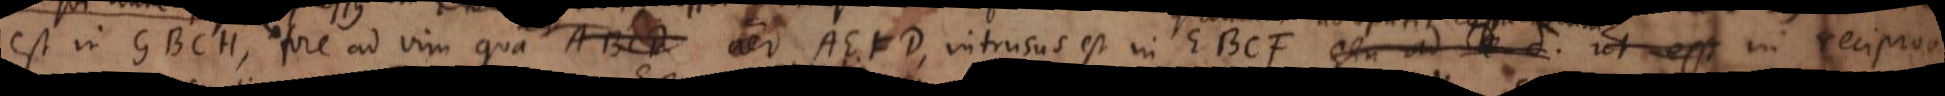
est in GBCH, fore ad vim qua ABCD aer AEFD, intrusus est in EBCF seu ad δ ut est in reciproca